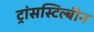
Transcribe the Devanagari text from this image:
ट्रांसस्टिल्बीन